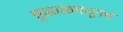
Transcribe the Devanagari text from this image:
कुडाळमधूनच